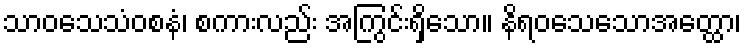
သာဝသေသံဝစနံ၊ စကားလည်း အကြွင်းရှိသော။ နိရဝသေသောအတ္ထော၊